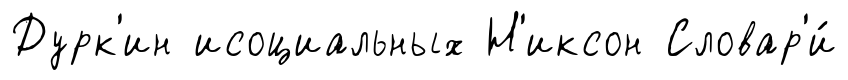
Дурк'ин исоциальных Н'иксон Словар'и́